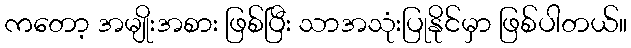
ကတော့ အမျိုးအစား ဖြစ်ပြီး သာအသုံးပြုနိုင်မှာ ဖြစ်ပါတယ်။